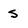
Character: S